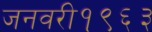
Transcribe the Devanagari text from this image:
जनवरी१९६३